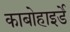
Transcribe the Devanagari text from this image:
काबोहाइर्डे